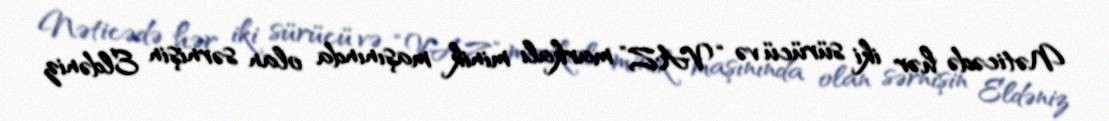
Nəticədə hər iki sürücü və “VAZ” markalı minik maşınında olan sərnişin Eldəniz